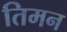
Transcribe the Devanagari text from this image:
तिमन